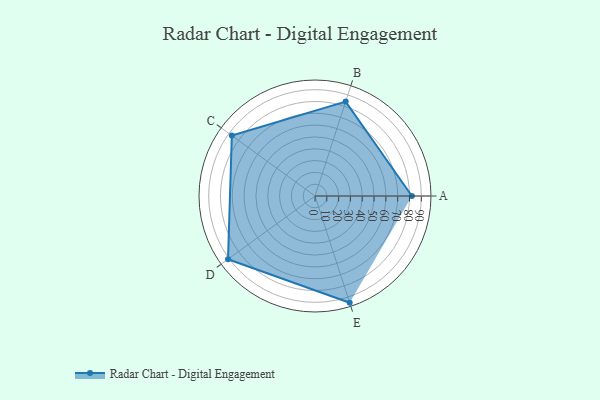
{"axis": {"x": "Skill", "y": "Score"}, "legend": ["Profile"], "data": [{"x": "A", "y": 82.0, "type": "Profile"}, {"x": "B", "y": 84.0, "type": "Profile"}, {"x": "C", "y": 87.0, "type": "Profile"}, {"x": "D", "y": 91.0, "type": "Profile"}, {"x": "E", "y": 95.0, "type": "Profile"}]}